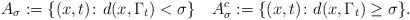
LaTeX: \begin{align*} A_\sigma := \{(x,t) \colon d(x,\Gamma_t) <\sigma\}\quad A^c_\sigma := \{(x,t) \colon d(x,\Gamma_t) \geq\sigma\}. \end{align*}